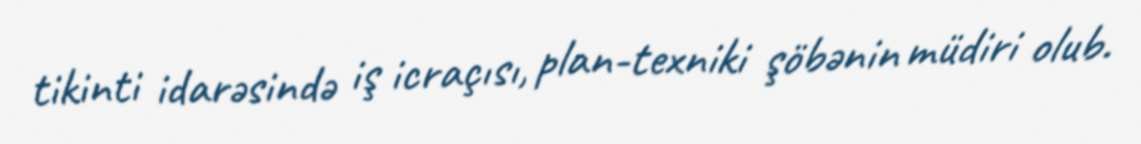
tikinti idarəsində iş icraçısı, plan-texniki şöbənin müdiri olub.